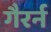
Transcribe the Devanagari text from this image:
गैरर्न